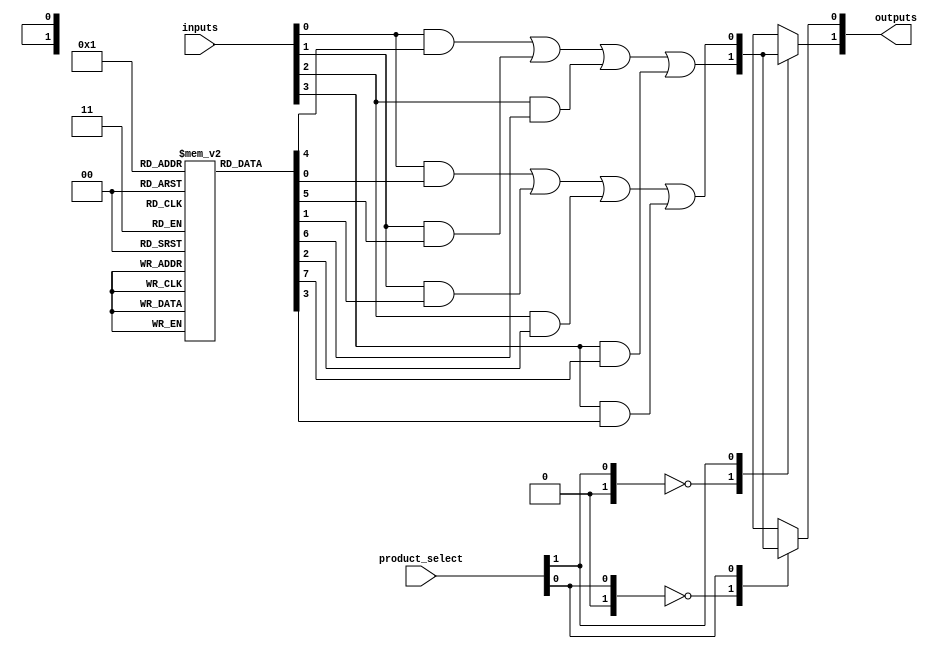
module FusedPAL (
    input wire [N-1:0] inputs,        // N inputs
    input wire [M-1:0] product_select, // M product terms selection
    output wire [P-1:0] outputs        // P outputs
);

// Parameters
parameter N = 4; // Number of inputs
parameter M = 4; // Number of product terms
parameter P = 2; // Number of outputs

// Internal signals for product terms
wire [M-1:0] product_terms [0:N-1]; // AND array outputs

// Generate product terms using programmable AND array
genvar i, j;
generate
    for (i = 0; i < M; i = i + 1) begin : AND_ARRAY
        assign product_terms[i] = (inputs[0] & fuses[i][0]) |
                                   (inputs[1] & fuses[i][1]) |
                                   (inputs[2] & fuses[i][2]) |
                                   (inputs[3] & fuses[i][3]);
    end
endgenerate

// Fusing mechanism (fixed connections)
reg [N-1:0] fuses [0:M-1]; // Fuses for each product term
initial begin
    // Example fusing configuration (this would be set during programming)
    fuses[0] = 4'b1111; // All inputs connected to product term 0
    fuses[1] = 4'b1100; // Inputs 0 and 1 connected to product term 1
    fuses[2] = 4'b0011; // Inputs 2 and 3 connected to product term 2
    fuses[3] = 4'b0001; // Only input 0 connected to product term 3
end

// Fixed OR array to generate outputs
generate
    for (j = 0; j < P; j = j + 1) begin : OR_ARRAY
        assign outputs[j] = product_terms[product_select[j]];
    end
endgenerate

endmodule